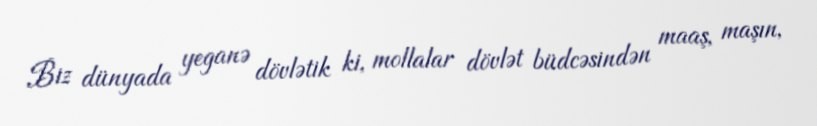
Biz dünyada yeganə dövlətik ki, mollalar dövlət büdcəsindən maaş, maşın,